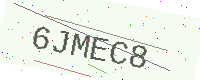
Text: 6JMEC8